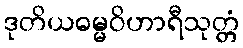
ဒုတိယဓမ္မဝိဟာရီသုတ္တံ